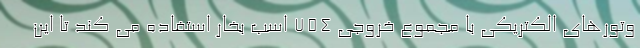
وتورهای الکتریکی با مجموع خروجی 754 اسب بخار استفاده می کند تا این